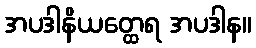
အပဒါနိယတ္ထေရ အပဒါန။